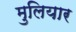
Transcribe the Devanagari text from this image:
मुलियार